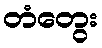
တံတွေး